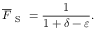
\overline { { F } } _ { \mathrm { ~ S ~ } } = \frac { 1 } { 1 + \delta - \varepsilon } .